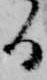
る